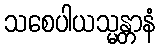
သစေပါယသ္မန္တာနံ